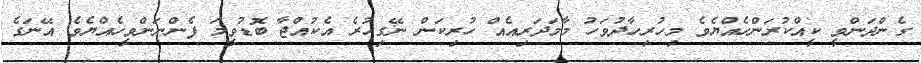
ގެންދަންވީ ކީއްކުރަންހެއްޔެވެ މިހުރިހާދުވަހު މާމަދަރިއެއް ހުރިކަން ނޭގިހުރެ އެކުއްޖާ ބޮޑުވީމަ ފެންނަންވީހެއްޔެވެ އޭނަގެ